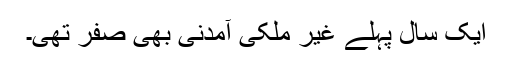
ایک سال پہلے غیر ملکی آمدنی بھی صفر تھی۔